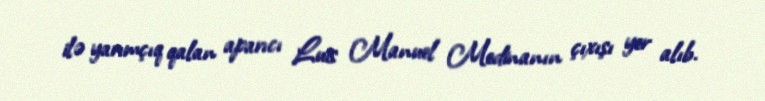
ilə yarımçıq qalan aparıcı Luis Manuel Medinanın çıxışı yer alıb.